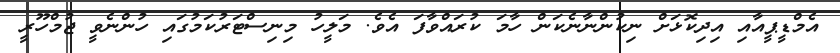
އެމްޑީޕީއާއި އިދިކޮޅަށް ނިކުންނާނެކަން ހާމަ ކުރައްވާފަ އެވެ. މަލީހު މިނިސްޓަރުކަމުގައި ހުންނެވީ ޖުމްހޫރީ